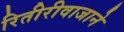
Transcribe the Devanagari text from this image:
रितीरीवाजाने